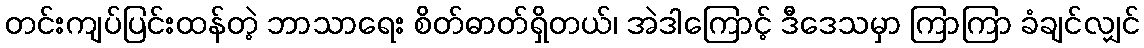
တင်းကျပ်ပြင်းထန်တဲ့ ဘာသာရေး စိတ်ဓာတ်ရှိတယ်၊ အဲဒါကြောင့် ဒီဒေသမှာ ကြာကြာ ခံချင်လျှင်